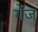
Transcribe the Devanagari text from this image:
गेंज